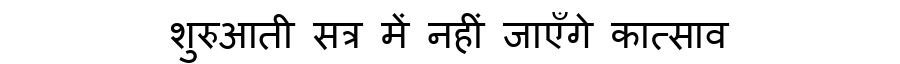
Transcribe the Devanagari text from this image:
शुरुआती सत्र में नहीं जाएँगे कात्साव